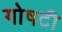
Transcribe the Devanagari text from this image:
गोषटी